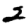
Digit: 2